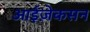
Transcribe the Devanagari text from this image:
आईज़ेकसन